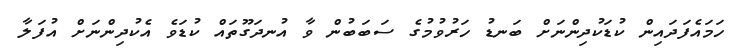
ހަމައެފަދައިން ކުޑަކުދިންނަށް ބަނޑު ހަރުވުމުގެ ސަބަބުން ވާ އުނދަގޫތައް ކުޑަވެ އެކުދިންނަށް އުފަލާ